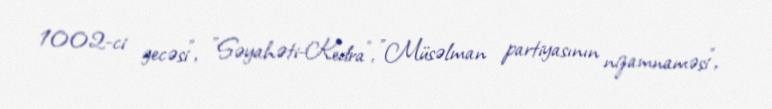
1002-ci gecəsi", "Səyahəti-Kedra", "Müsəlman partiyasının nizamnaməsi",